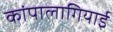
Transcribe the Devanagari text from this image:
कांपालागियाई